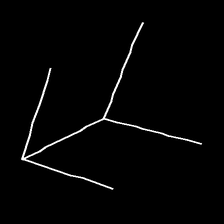
Glyph: gather